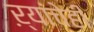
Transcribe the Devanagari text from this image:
ऱ्यांचेही